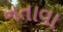
નતાવા